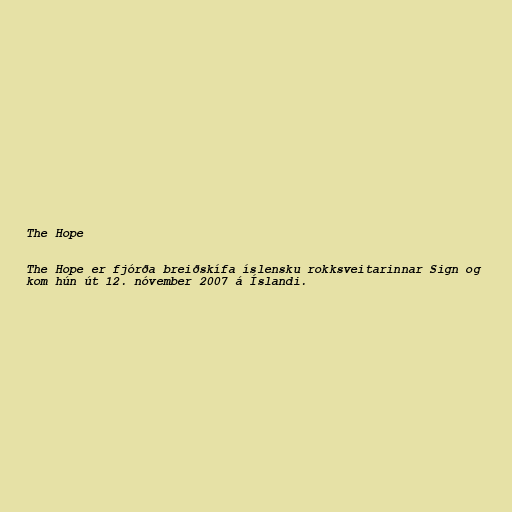
The Hope

The Hope er fjórða breiðskífa íslensku rokksveitarinnar Sign og
kom hún út 12. nóvember 2007 á Íslandi.